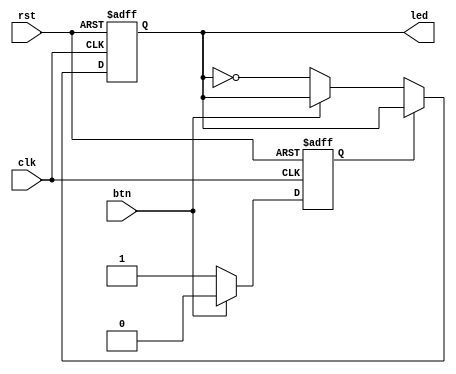
module debouncer(
	input		clk,
	input		btn,
	input		rst,
	
	output	reg	led

);

	wire toggle;
	wire irst;
	
	assign toggle = ~btn;
	assign irst = ~rst;

	localparam STATE_WAITING	= 1'b0;
	localparam STATE_COOLDOWN	= 1'b1;
	
	reg						state;
	
	
	always @ (posedge clk or posedge irst) begin
		if (irst == 1'b1) begin
			state <= STATE_WAITING;
			led <= 1'b0;
		end else begin
			case (state)
				STATE_WAITING: begin
					if (toggle == 1'b1) begin
						state <= STATE_COOLDOWN;
						led <= ~led;
					end
				end
				STATE_COOLDOWN: begin
					if (toggle == 1'b0) begin
						state <= STATE_WAITING;
					end
				end
				default: begin
					state <= STATE_WAITING;
				end
			endcase
		end
	end
	
endmodule